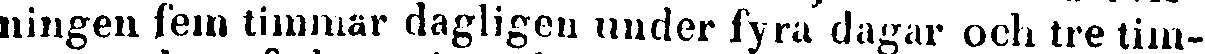
ningen fem timmar dagligen under fyra dagar och tre tim-